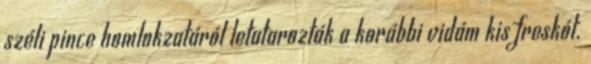
széli pince homlokzatáról letatarozták a korábbi vidám kis freskót.